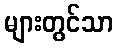
များတွင်သာ